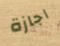
اجازة